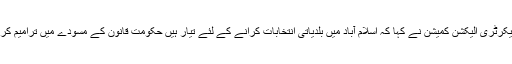
عدالت میں سیکرٹری الیکشن کمیشن نے کہا کہ اسلام آباد میں بلدیاتی انتخابات کرانے کے لئے تیار ہیں حکومت قانون کے مسودے میں ترامیم کرنا چاہتی ہے۔